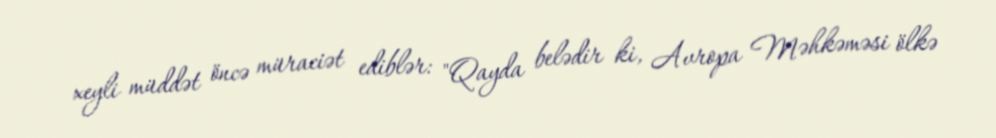
xeyli müddət öncə müraciət ediblər: "Qayda belədir ki, Avropa Məhkəməsi ölkə